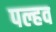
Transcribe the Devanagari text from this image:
पल्हव